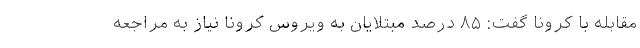
مقابله با کرونا گفت: ۸۵ درصد مبتلایان به ویروس کرونا نیاز به مراجعه